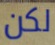
لكن